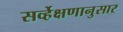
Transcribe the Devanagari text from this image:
सर्व्हेक्षणानुसार